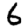
Digit: 6